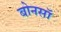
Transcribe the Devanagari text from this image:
बोनसॉ